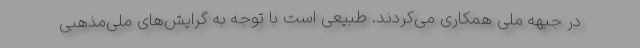
در جبهه ملی همكاری می‌کردند. طبیعی است با توجه به گرایش‌های ملی‌مذهبی